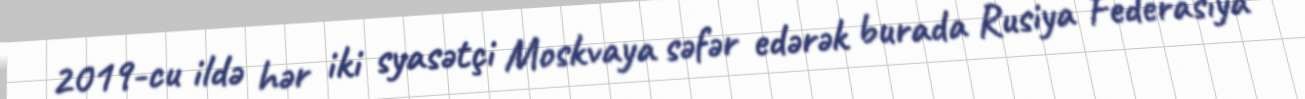
2019-cu ildə hər iki syasətçi Moskvaya səfər edərək burada Rusiya Federasiya